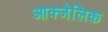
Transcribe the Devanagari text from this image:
आक्जेलिक